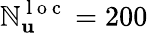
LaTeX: \mathbb{N}_{\mathbf{{u}}}^{\mathrm{{~l~o~c~}}}=200